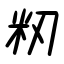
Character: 籾